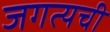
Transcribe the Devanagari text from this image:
जगत्यची